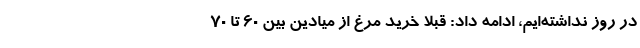
در روز نداشته‌ایم، ادامه داد: قبلاً خرید مرغ از میادین بین ۶۰ تا ۷۰